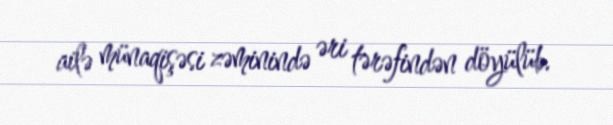
ailə münaqişəsi zəminində əri tərəfindən döyülüb.